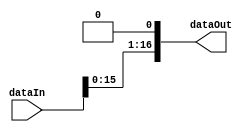
`timescale 1ns / 1ps

module shiftleft(
    input[16:0] dataIn,
    output reg[16:0] dataOut
    );
    
    always@(*)
    begin 
        dataOut = dataIn << 1;
    end
endmodule